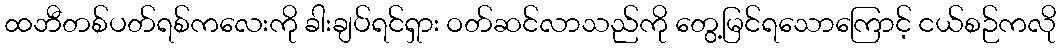
ထဘီတစ်ပတ်ရစ်ကလေးကို ခါးချပ်ရင်ရှား ဝတ်ဆင်လာသည်ကို တွေ့မြင်ရသောကြောင့် ငယ်စဉ်ကလို